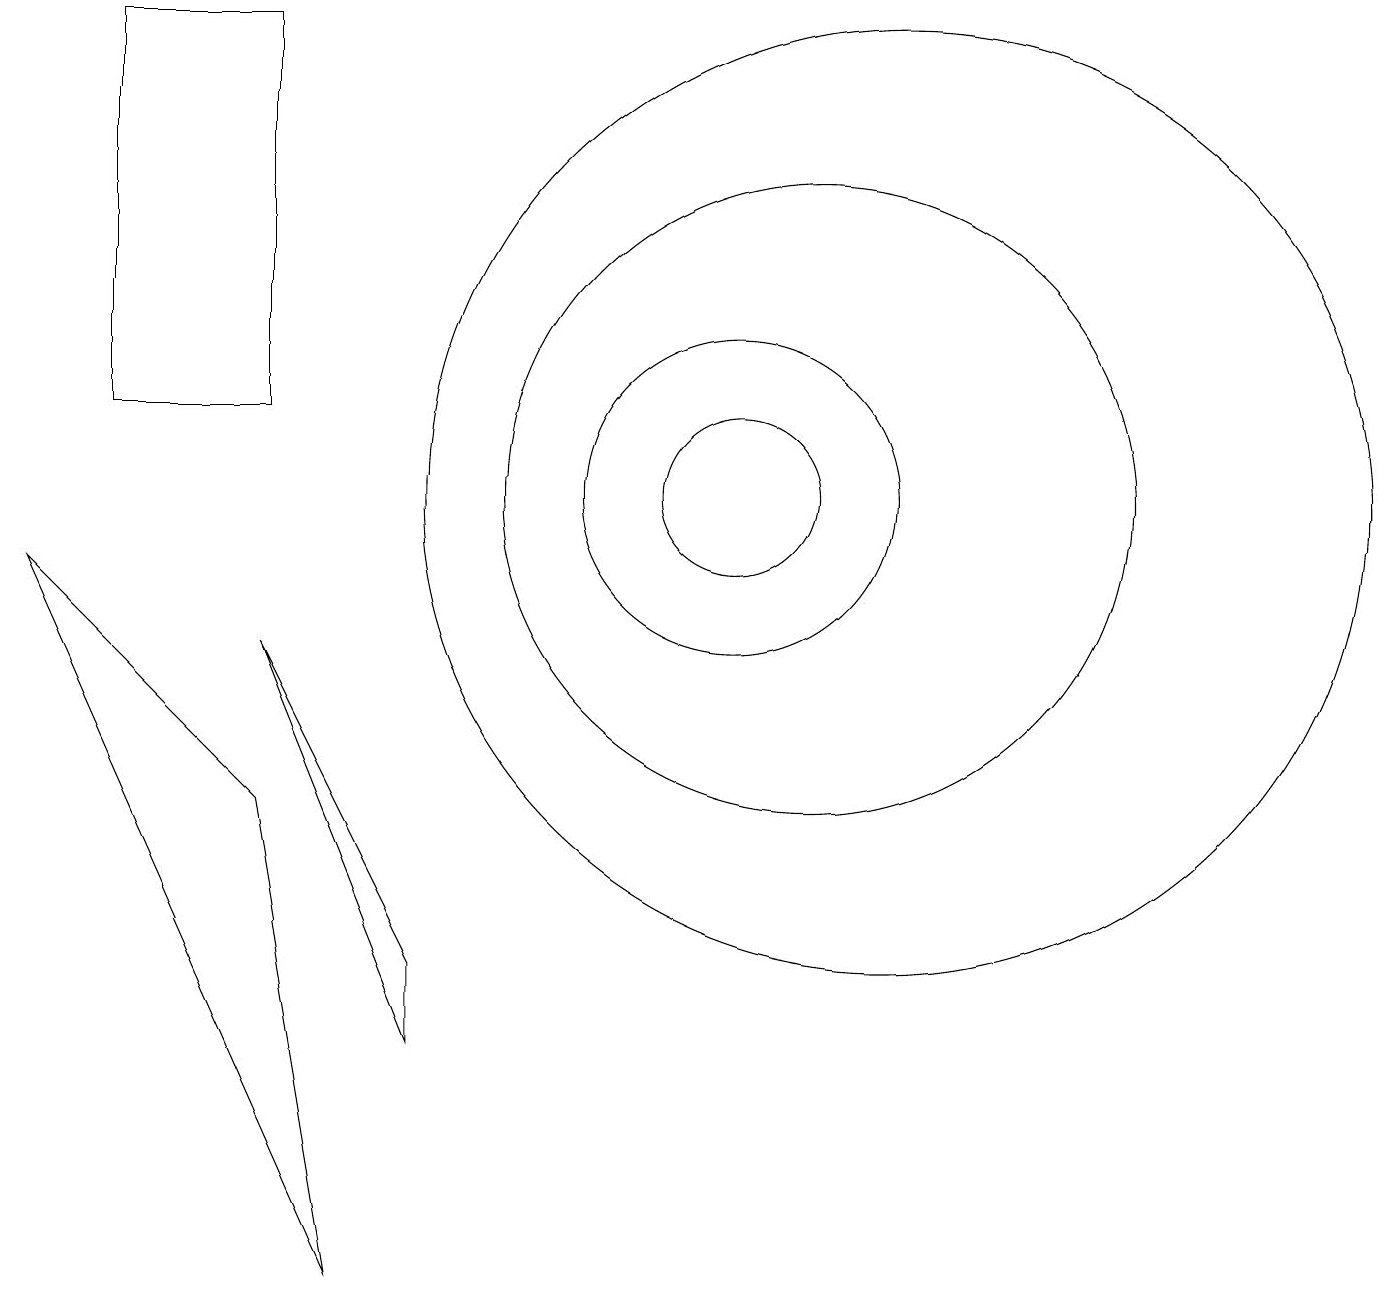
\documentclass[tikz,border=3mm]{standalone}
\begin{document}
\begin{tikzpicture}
\draw (12,10) circle (6);
\draw (10,10) circle (1);
\draw (4,8) -- (6,4) -- (6,3) -- cycle;
\draw (2,11) rectangle (4,16);
\draw (11,10) circle (4);
\draw (10,10) circle (2);
\draw (1,9) -- (5,0) -- (4,6) -- cycle;
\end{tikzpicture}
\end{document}